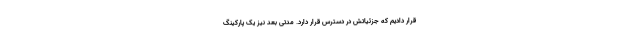
قرار دادیم که جزئیاتش در دسترس قرار دارد. مدتی بعد نیز یک پارکینگ